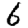
Digit: 6